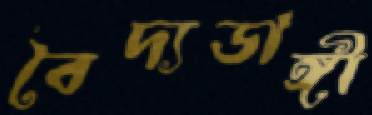
বৈদ্যডাঙ্গী